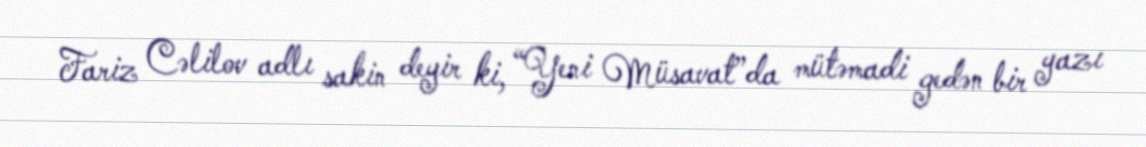
Fariz Cəlilov adlı sakin deyir ki, “Yeni Müsavat”da mütəmadi gedən bir yazı